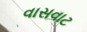
વાસવાટ